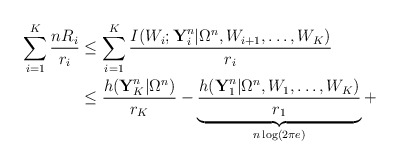
\begin{align*}\sum_{i=1}^K\frac{nR_i}{r_i} &\leq \sum_{i=1}^K\frac{I(W_i;\textbf{Y}_i^n|\Omega^n,W_{i+1},\ldots,W_K)}{r_i} \\ &\leq \frac{h(\textbf{Y}_K^n|\Omega^n)}{r_K}- \underbrace{\frac{h(\textbf{Y}_1^n|\Omega^n,W_{1},\ldots,W_K)}{r_1}}_{n\log (2\pi e)}+ \end{align*}